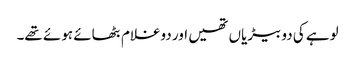
لوہے کی دو بیڑیاں تھیں اور دوغلام بٹھائے ہوئے تھے۔